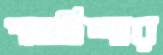
পাওচিন্দার